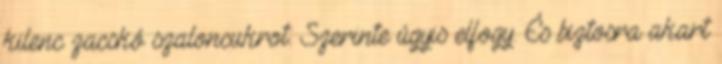
kilenc zacskó szaloncukrot. Szerinte úgyis elfogy. És biztosra akart